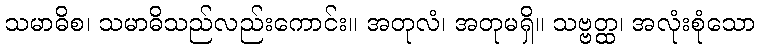
သမာဓိစ၊ သမာဓိသည်လည်းကောင်း။ အတုလံ၊ အတုမရှိ။ သဗ္ဗတ္ထ၊ အလုံးစုံသော